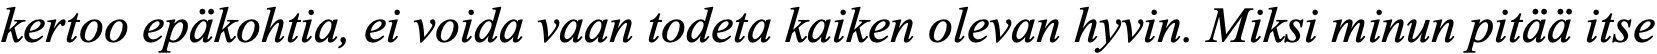
kertoo epäkohtia, ei voida vaan todeta kaiken olevan hyvin. Miksi minun pitää itse